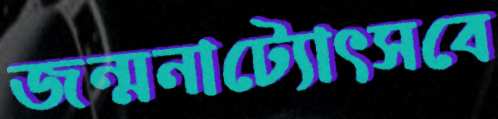
জন্মনাট্যোৎসবে